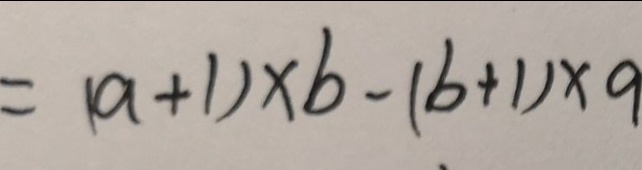
= ( a + 1 ) \times b - ( b + 1 ) \times a